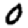
Digit: 0